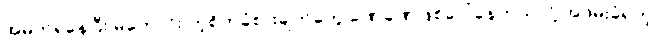
အမှတ်ရနေပြီး မကောင်း တဲ့စိတ်ခံစားချက်တွေ ခဏခဏဖြစ်ပေါ်နေတယ်လို့ အဖမ်းခံရတဲ့